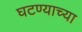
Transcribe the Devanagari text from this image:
घटण्याच्या